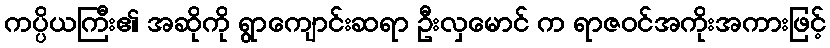
ကပ္ပိယကြီး၏ အဆိုကို ရွာကျောင်းဆရာ ဦးလှမောင် က ရာဇဝင်အကိုးအကားဖြင့်